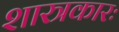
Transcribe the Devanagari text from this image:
शास्त्रकारः